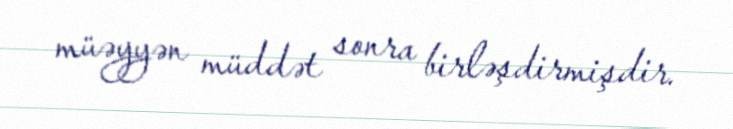
müəyyən müddət sonra birləşdirmişdir.